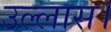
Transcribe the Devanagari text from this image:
उल्लास।